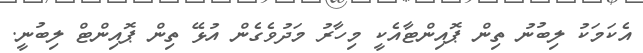
އެކަމަކު ލިބުނު ތިން ޕޮއިންޓާއެކީ މިހާރު މަދުވެގެން އުޅޭ ތިން ޕޮއިންޓް ލިބުނީ.